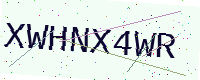
Text: XWHNX4WR